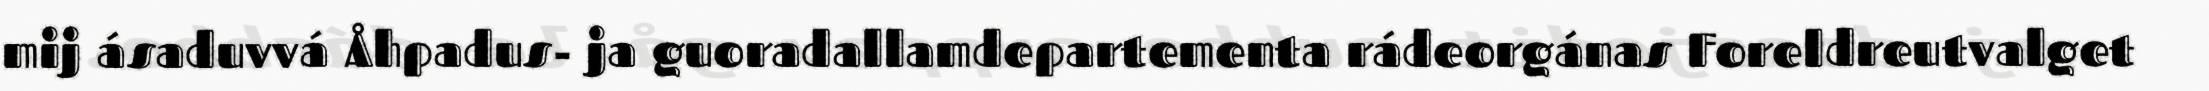
mij ásaduvvá Åhpadus- ja guoradallamdepartementa rádeorgánas Foreldreutvalget